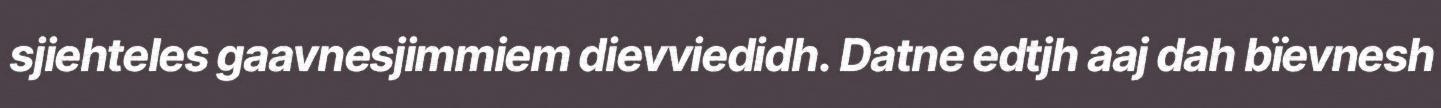
sjiehteles gaavnesjimmiem dievviedidh. Datne edtjh aaj dah bïevnesh